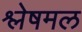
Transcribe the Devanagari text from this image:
श्लेषमल